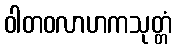
ဝါတဝလာဟကသုတ္တံ